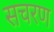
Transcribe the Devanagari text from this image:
सचरण